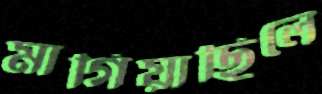
মাগিয়াছিলে